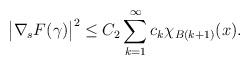
LaTeX: \begin{align*}\big|\nabla_s F(\gamma)\big|^2\le C_2 \sum_{k=1}^\infty c_k\chi_{B(k+1)}(x).\end{align*}